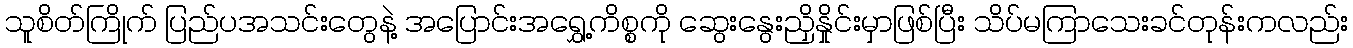
သူစိတ်ကြိုက် ပြည်ပအသင်းတွေနဲ့ အပြောင်းအရွှေ့ကိစ္စကို ဆွေးနွေးညှိနှိုင်းမှာဖြစ်ပြီး သိပ်မကြာသေးခင်တုန်းကလည်း